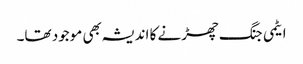
ایٹمی جنگ چھڑنے کا اندیشہ بھی موجود تھا۔